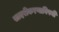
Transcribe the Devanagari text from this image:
सादरीकरणाविषयी